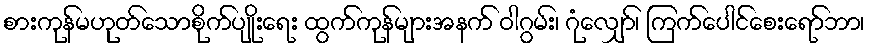
စားကုန်မဟုတ်သောစိုက်ပျိုးရေး ထွက်ကုန်များအနက် ဝါဂွမ်း၊ ဂုံလျှော်၊ ကြက်ပေါင်စေးရော်ဘာ၊